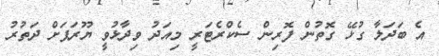
އެ ބަދަލާ ގުޅޭ ގޮތުން ފޮރިން ސެކްރެޓަރީ މިއަދު ވިދާޅުވީ ޔޫރަޕަށް ދަތުރު